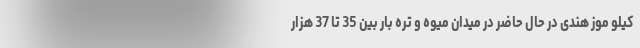
کیلو موز هندی در حال حاضر در میدان میوه و تره بار بین 35 تا 37 هزار